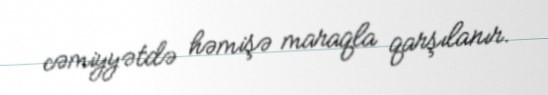
cəmiyyətdə həmişə maraqla qarşılanır.